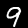
Label: 9